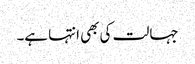
جہالت کی بھی انتہا ہے۔